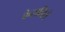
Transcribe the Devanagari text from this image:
केरालिते